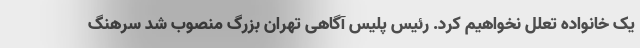
یک خانواده تعلل نخواهیم کرد. رئیس پلیس آگاهی تهران بزرگ منصوب شد سرهنگ